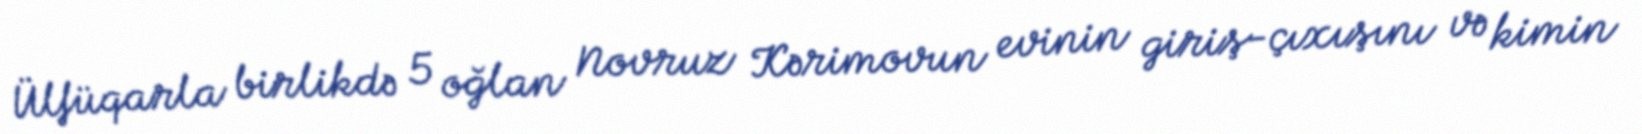
Ülfüqarla birlikdə 5 oğlan Novruz Kərimovun evinin giriş-çıxışını və kimin